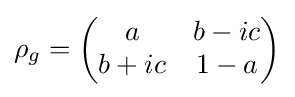
\rho _{g}={\begin{pmatrix}a&b-ic\\b+ic&1-a\\\end{pmatrix}}